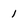
Character: 1